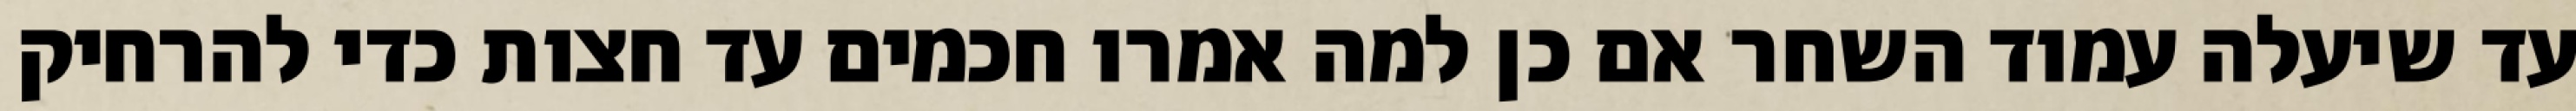
עד שיעלה עמוד השחר אם כן למה אמרו חכמים עד חצות כדי להרחיק